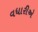
વધારીએ